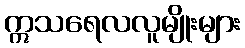
ဣသရေလလူမျိုးများ